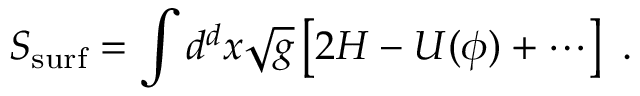
S _ { \mathrm { s u r f } } = \int d ^ { d } x \sqrt { g } \left[ 2 H - U ( \phi ) + \cdots \right] ~ .